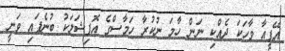
އޭޕީއާ ވާހަކަ ދެއްކި ނަން ހާމަ ނުކުރާ ހަމާސްގެ އޮފިޝަލަކު ބުނެފައި ވަނީ